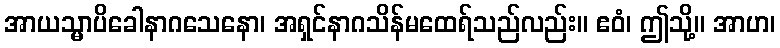
အာယသ္မာပိခေါနာဂသေနော၊ အရှင်နာဂသိန်မထေရ်သည်လည်း။ ဧဝံ၊ ဤသို့။ အာဟ၊